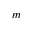
m